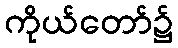
ကိုယ်တော်၌